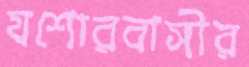
যশোরবাসীর